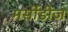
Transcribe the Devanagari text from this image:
मर्सीडीज